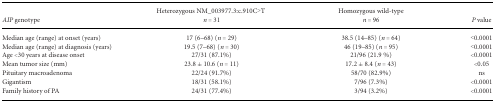
| AIP genotype | Heterozygous NM_003977.3:c.910C>T n = 31 | Homozygous wild‐type n = 96 | P value |
 | --- | --- | --- | --- |
 | Median age (range) at onset (years) | 17 (6–68) (n = 29) | 38.5 (14–85) (n = 64) | <0.0001 |
 | Median age (range) at diagnosis (years) | 19.5 (7–68) (n = 30) | 46 (19–85) (n = 95) | <0.0001 |
 | Age <30 years at disease onset | 27/31 (87.1%) | 21/96 (21.9 %) | <0.0001 |
 | Mean tumor size (mm) | 23.8 ± 10.6 (n = 11) | 17.2 ± 8.4 (n = 43) | <0.05 |
 | Pituitary macroadenoma | 22/24 (91.7%) | 58/70 (82.9%) | ns |
 | Gigantism | 18/31 (58.1%) | 7/96 (7.3%) | <0.0001 |
 | Family history of PA | 24/31 (77.4%) | 3/94 (3.2%) | <0.0001 |